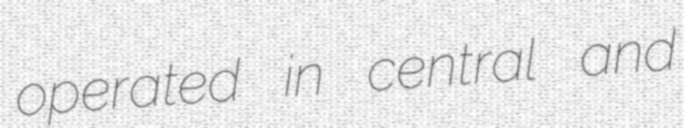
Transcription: operated in central and